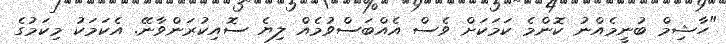
"ހާޝިމް ބުނީމެއްނު ކޮންމެ ކަމަކަށް ވެސް އެއްބަސްވުމެއް ލިޔެ ސޮއިކުރަންވާނޭ. އެކަމަކު މިކަމުގެ